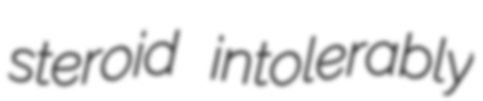
steroid intolerably